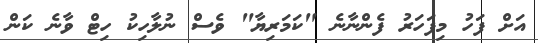
އަށް ފަހު މިފަހަރު ފެންނާނެ "ކަމަރިޔާ" ވެސް ނުލާހިކު ހިޓް ވާނެ ކަން